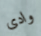
وادى